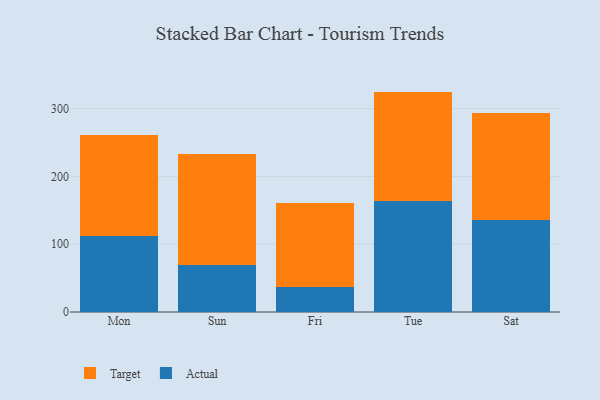
{"axis": {"x": "Day", "y": "Temperature (°C)"}, "legend": ["Actual", "Target"], "data": [{"x": "Mon", "y": 111.6, "type": "Actual"}, {"x": "Mon", "y": 149.9, "type": "Target"}, {"x": "Sun", "y": 70.0, "type": "Actual"}, {"x": "Sun", "y": 163.1, "type": "Target"}, {"x": "Fri", "y": 37.1, "type": "Actual"}, {"x": "Fri", "y": 124.3, "type": "Target"}, {"x": "Tue", "y": 163.6, "type": "Actual"}, {"x": "Tue", "y": 161.5, "type": "Target"}, {"x": "Sat", "y": 135.3, "type": "Actual"}, {"x": "Sat", "y": 158.7, "type": "Target"}]}